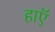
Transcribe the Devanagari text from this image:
हाएॅ